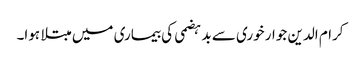
کرام الدین جوار خوری سے بد ہضمی کی بیماری میں مبتلا ہوا۔